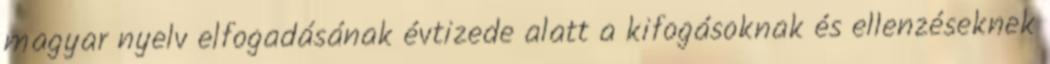
magyar nyelv elfogadásának évtizede alatt a kifogásoknak és ellenzéseknek